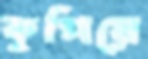
কুপিয়ে